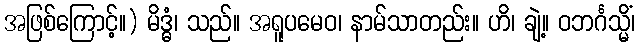
အဖြစ်ကြောင့်။) မိဒ္ဓံ၊ သည်။ အရူပမေဝ၊ နာမ်သာတည်း။ ဟိ၊ ချဲ့။ ဝဘင်္ဂသ္မိံ၊